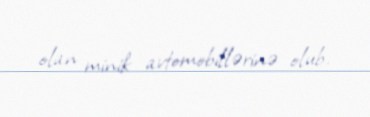
olan minik avtomobillərinə olub.